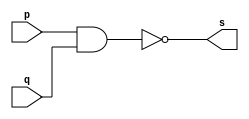
// Guia 02_01 - OR
// Nome: Henrique Carvalho Parreira


// ---------------------
// -- nand gate 
// ---------------------

module nandgate (s, p, q);
 output s;
 input  p, q;

 assign s = ~(p & q);

endmodule // nandgate


// ---------------------
// -- or gate with nand
// ---------------------

module orgate (s0, p, q);
 output s0;
 wire s1, s2;
 input  p, q;

 nandgate NAND1 (s1, p, p);
 nandgate NAND2 (s2, q, q);
 nandgate NAND3 (s0, s1, s2);

endmodule // orgate


// --------------------------
// -- test or gate with nand
// --------------------------

module testorgate;
 reg   a, b;             
 wire  s;
          // instancia
 orgate OR1 (s, a, b);

 initial begin:start
      a=0; b=0;
 end

          // parte principal
 initial begin:main
      $display("Guia 02_01 - Henrique Carvalho Parreira - 347133");
      $display("Test OR gate");
      $display("\n~(~a & ~b) = s\n");
      $monitor("~(~%b & ~%b) = %b", a, b, s);
  #1  a=0; b=1; 
  #1  a=1; b=0; 
  #1  a=1; b=1; 
  
 end

endmodule // testorgate